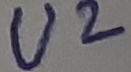
Text: U2